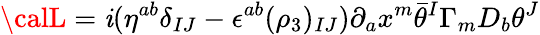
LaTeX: {\calL}=\mathit{i}(\eta^{ab}\delta_{IJ}-\epsilon^{ab}(\rho_{3})_{IJ})\partial_{a}x^{m}\bar{{\theta}}^{I}\Gamma_{m}D_{b}\theta^{J}